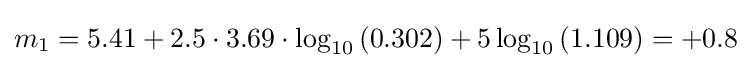
m_{1}=5.41+2.5\cdot 3.69\cdot \log _{10}{\left(0.302\right)}+5\log _{10}{\left(1.109\right)}=+0.8